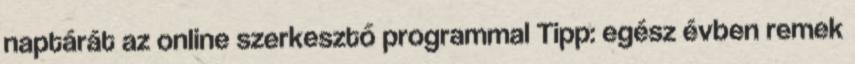
naptárát az online szerkesztő programmal Tipp: egész évben remek